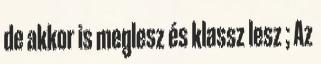
de akkor is meglesz és klassz lesz ; Az